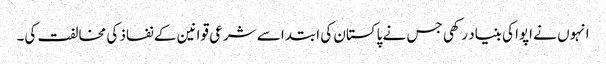
انہوں نے اپوا کی بنیاد رکھی جس نے پاکستان کی ابتدا سے شرعی قوانین کے نفاذ کی مخالفت کی۔